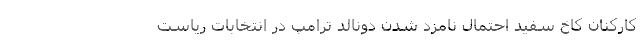
کارکنان کاخ سفید احتمال نامزد شدن دونالد ترامپ در انتخابات ریاست